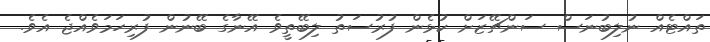
ތައްޓެއް ނުލިބުނަސް ސަންޗޭޒަށް ކުޅެން ފުރުސަތު ލިބޭތީވެ އޭނާގެ ބޭނުން ފުރިހަމަވެއްޖެ އެވެ.